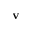
\mathbf { v }